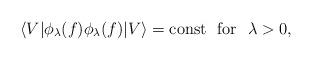
LaTeX: \begin{align*}\langle V| \phi_\lambda(f)\phi_\lambda(f)|V\rangle= \hbox{const\ \ for\ \ $\lambda>0,$}\end{align*}